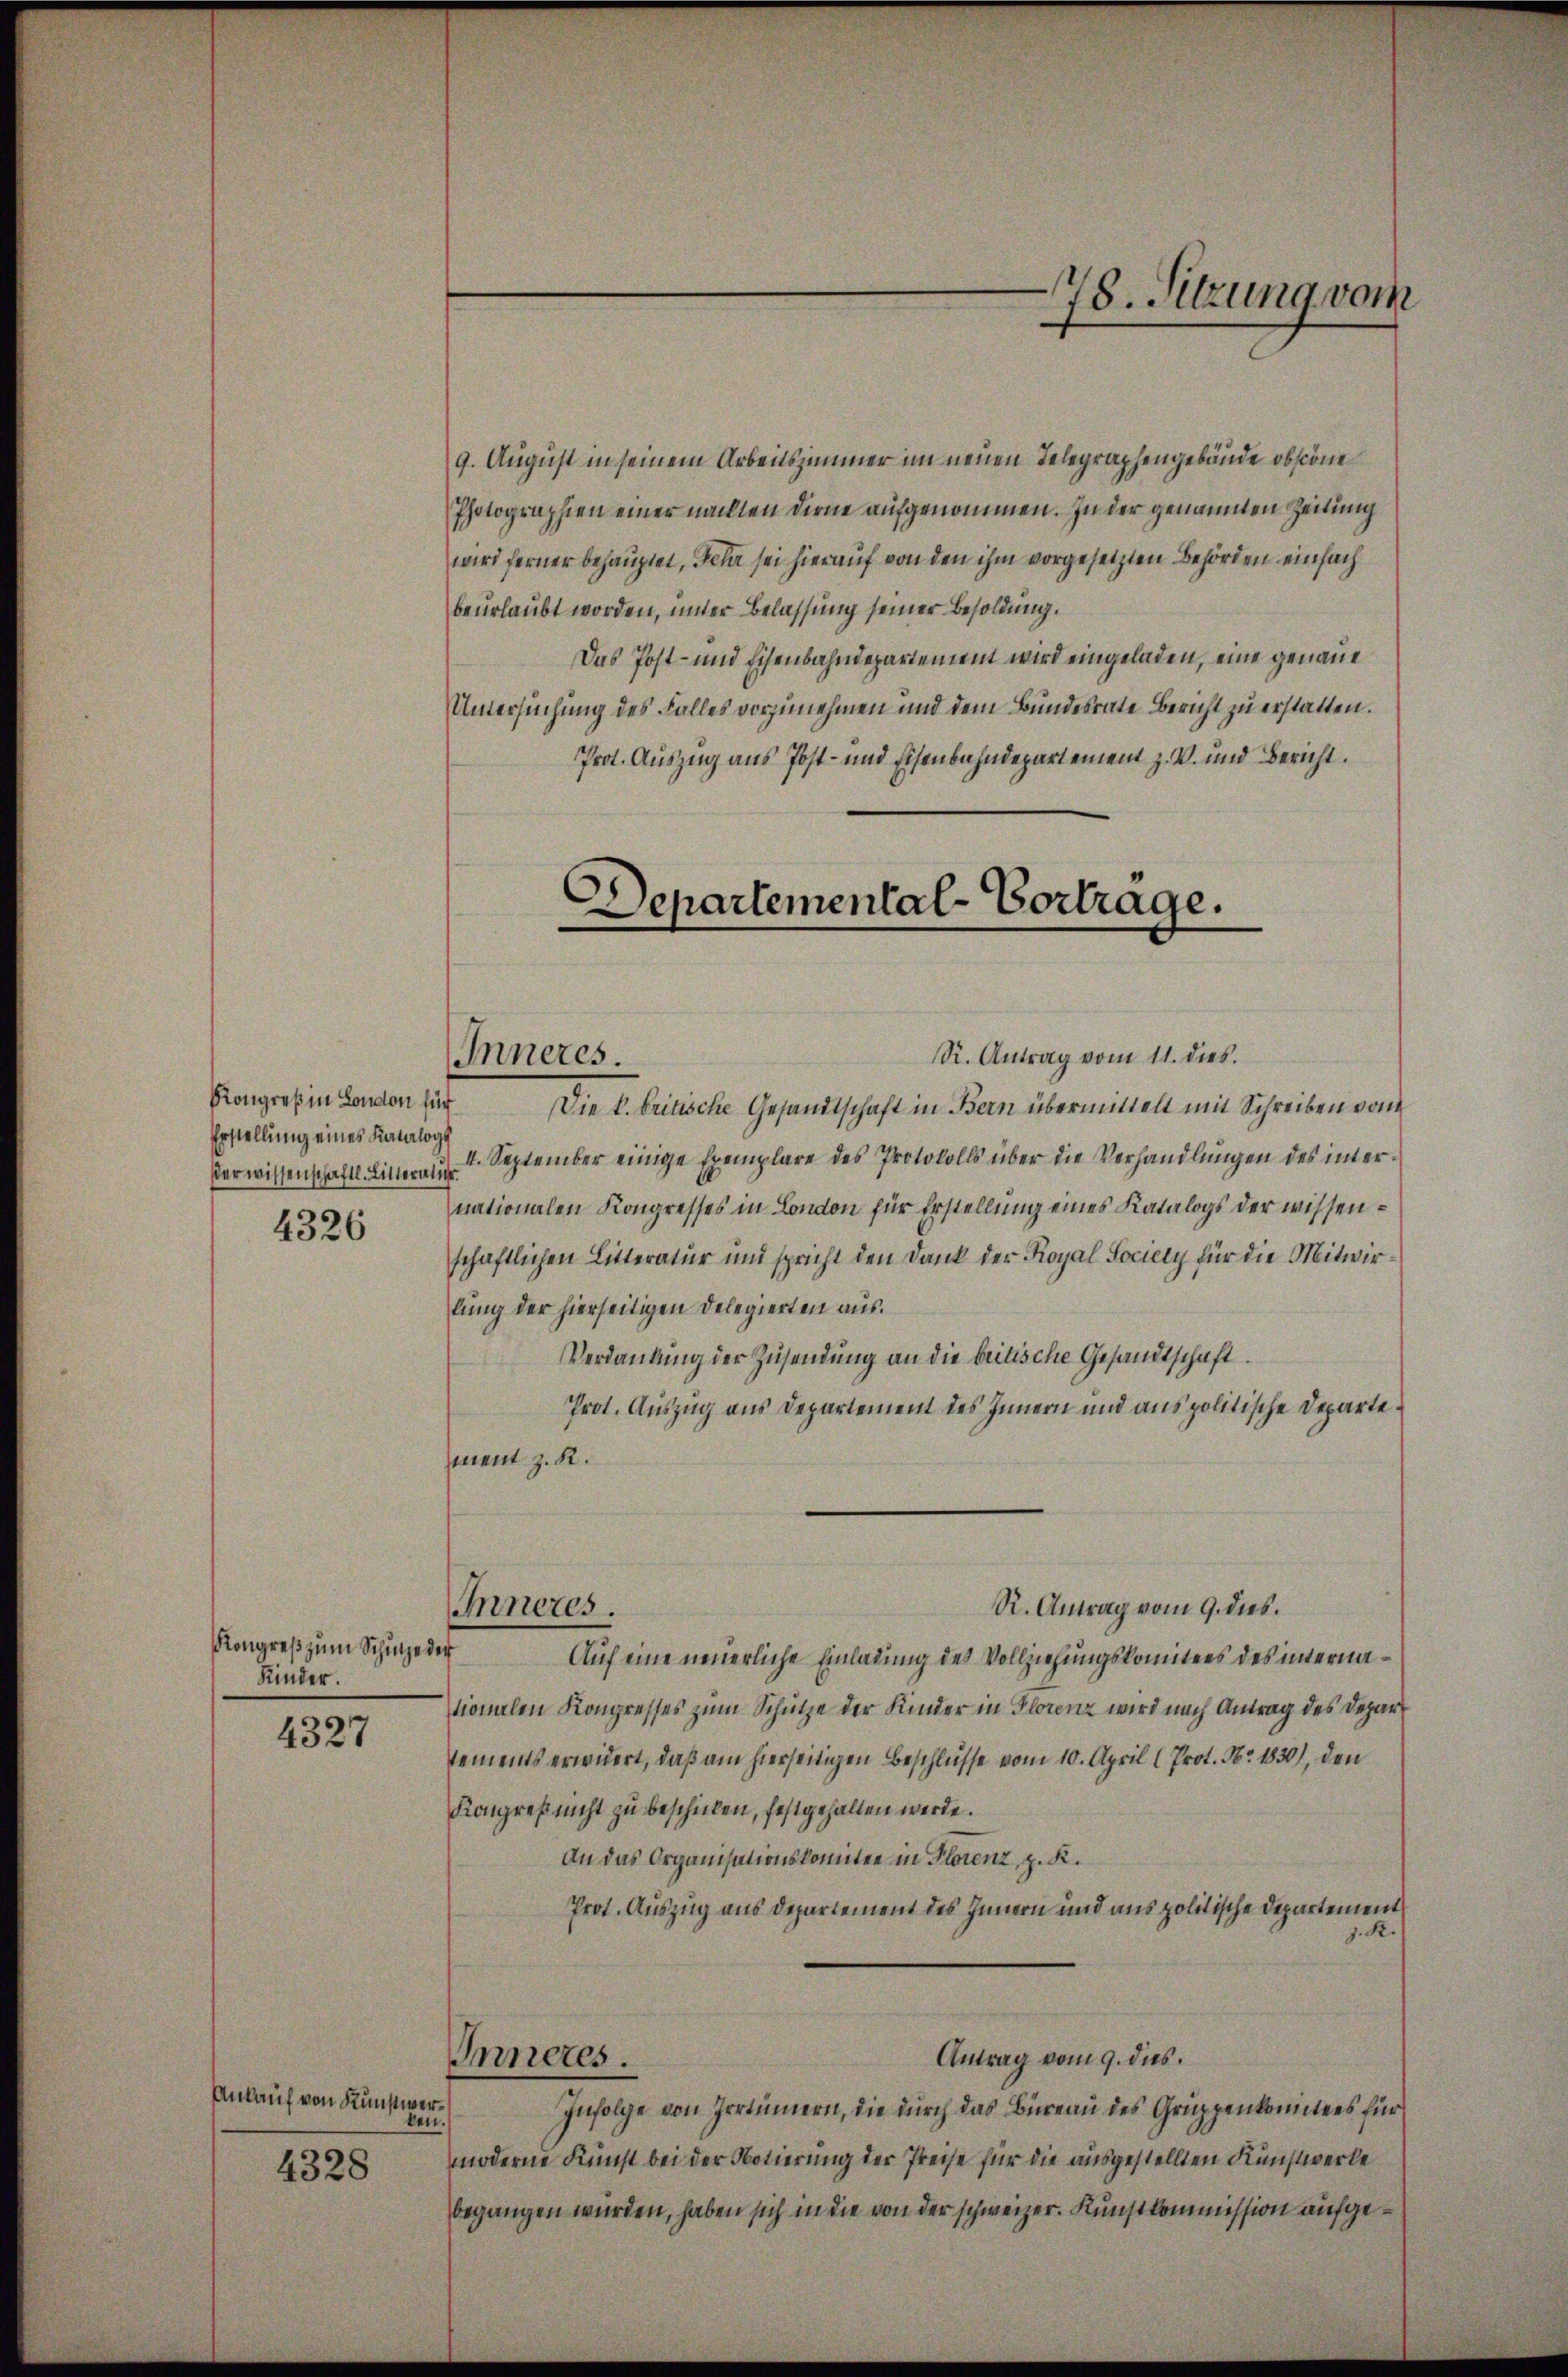
Kongreß in London für
Erstellung eines Katalog
erwissenschaftl. Litterali
4326

Kongreß zum Schulje der
Kinder.

4327

Ankauf von Kunstwer
ken.

4328

9. August in seinem Arbeitszimmer im neuen Telegraphengebäude obstöne
Photographien einer nachten Dirne aufgenommen. In der genannten Zeitung
wird ferner behauptet, Fehr sei hierauf von den ihm vorgesetzten Behörden einfach
beurlaubt worden, inner Belassung seiner Besoldung.
Das Post- und Eisenbahndepartement wird eingeladen, eine genaue
Untersuchung des Falles vorzunehmen und dem Bundesrate Bericht zu erstatten.
Prot. Auszug aus Post- und Eisenbahndepartement z. V. und Bericht.
Departemental-Vortrage.

Inneres.

Inneres.

S. Antrag vom 11. dies.
Die k. britische Gesandtschaft in Bern übermittelt mit Schreiben von
II. September einige Exemplare des Protokolls über die Verhandlungen des internationalen Kongresses in London für Erstellung eines Katalogs der wissenschaftlichen Litteratur und spricht den Dank der Royal Society für die Mitwirlung der hierseitigen Delegierten aus.
Verdankung der Zusendung an die britische Gesandtschaft
Prot. Auszug aus Departement des Innern und aus politische Departe.
ment z. R.
R. Antrag vom 9. dies.
Auf eine neuerliche Einladung des Vollziehungskomitees des internationalen Kongresses zum Schütze der Kinder in Florenz wird nach Antrag des Depart
tements erwidert, daß am hierseitigen Beschlüsse vom 10. April 1 Prot. No. 1830), den
Kongreß nicht zu beschicken, festgehalten werde.
An das Organisationskomitee in Florenz, p. K.
Prot. Auszug aus Departement des Innern und aus politische Departement
J. K.
Antrag vom 9. dies
Inneres.
Infolge von Irrtümern, die durch das Büreau des Gruppenkomitees für
moderne Kunst bei der Notierung der Preise für die ausgestellten Kunstwerke
begangen würden, haben sich in die von der schweizer. Kunstkommission aufge¬

78. Sitzung vom
.